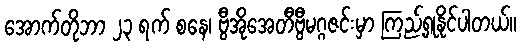
အောက်တိုဘာ ၂၃ ရက် စနေ၊ ဗွီအိုအေတီဗွီမဂ္ဂဇင်းမှာ ကြည့်ရှုနိုင်ပါတယ်။